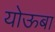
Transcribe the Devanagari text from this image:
योऊबा